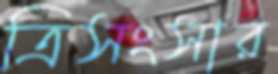
ত্রিসংসার